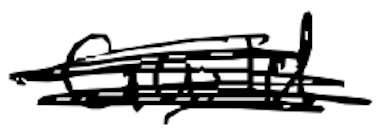
Text: Guild
Cross-out: scratch
Writing tool: digital_black